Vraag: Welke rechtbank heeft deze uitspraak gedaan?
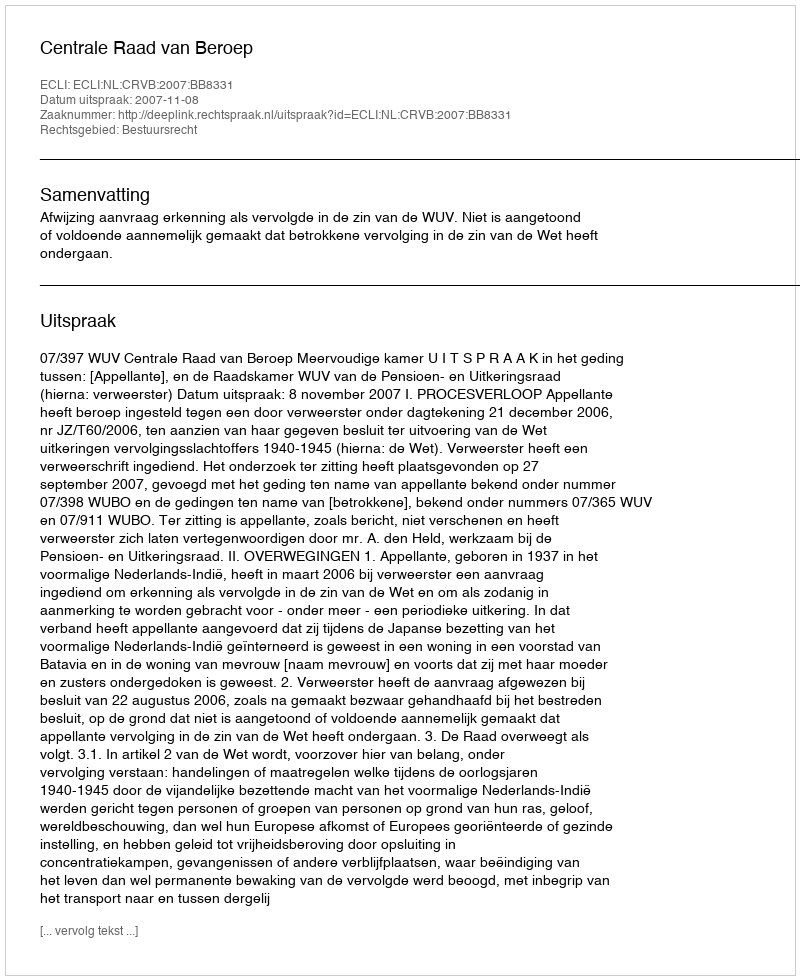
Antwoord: Centrale Raad van Beroep